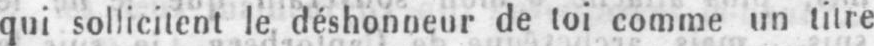
qui sollicitent le déshonneur de toi comme un titre